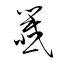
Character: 籤